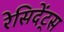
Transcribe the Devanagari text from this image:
रेसिदेंट्स